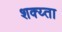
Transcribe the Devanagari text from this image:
शक्य्ता